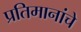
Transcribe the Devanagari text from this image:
प्रतिमानांचे